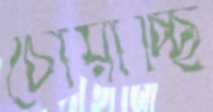
চোয়াচ্ছি